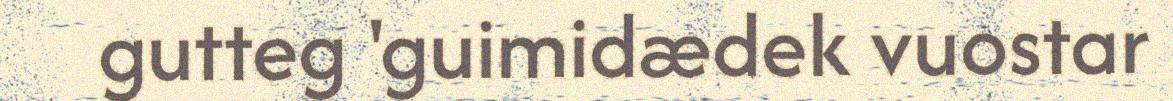
gutteg 'guimidædek vuostar